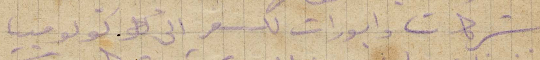
شركات وابورات للسفر الى كولومبيا